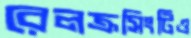
রেলক্রসিংটিও